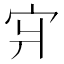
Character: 𪧇